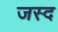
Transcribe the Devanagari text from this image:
जस्द